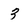
Character: 3